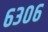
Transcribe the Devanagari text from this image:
६३०६